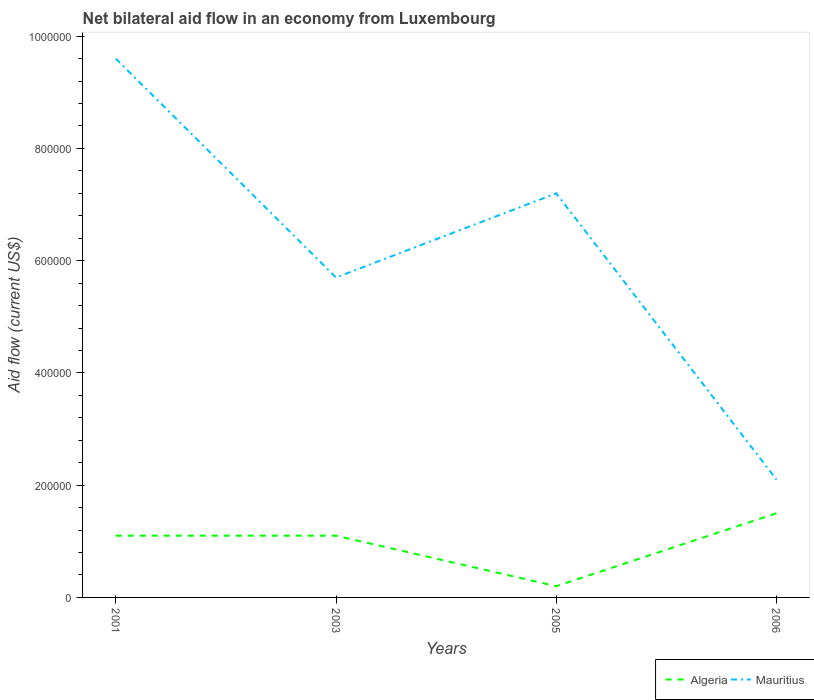
| Years | Algeria | Mauritius |
 | --- | --- | --- |
 | 2001 | 1.1e+05 | 9.6e+05 |
 | 2003 | 1.1e+05 | 5.7e+05 |
 | 2005 | 2e+04 | 7.2e+05 |
 | 2006 | 1.5e+05 | 2.1e+05 |